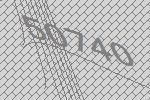
50740